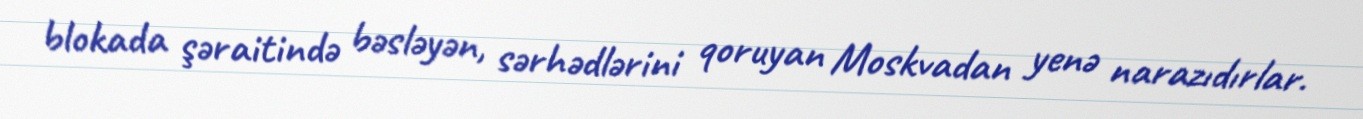
blokada şəraitində bəsləyən, sərhədlərini qoruyan Moskvadan yenə narazıdırlar.